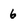
Character: 6